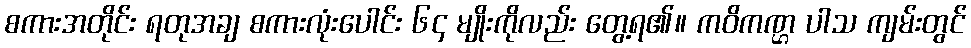
စကားအတိုင်း ရတုအချ စကားလုံးပေါင်း ၆၄ မျိုးကိုလည်း တွေ့ရ၏။ ကဝိကဏ္ဌ ပါသ ကျမ်းတွင်